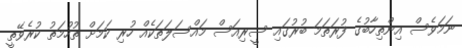
ނަމަވެސް އިންތިހާބުގެ ފުރަތަމަ ބުރުގައި ސީރިއަސް މައްސަލަތަކެއް ހުރި ކަމަށް ތުހުމަތު ކުރެވޭތީ